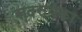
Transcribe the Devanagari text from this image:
सदस्यका